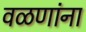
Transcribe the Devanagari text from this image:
वळणांना